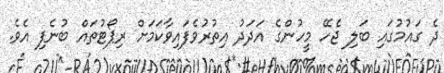
ދެ ގައުމުގައި ބަލި ޖެހޭ މީހުންގެ އަދަދު އިތުރުވެފައިވާކަމަށް ރިޕޯޓުތައް ބުނެފި އެވެ.